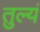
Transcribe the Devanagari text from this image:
तुल्यं